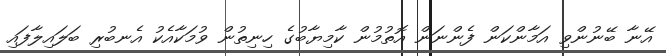
އޭނާ ބޭނުންވި އަމާންކަން ފެންނަން އޮތުމުން ކާމިޔާބުގެ ހިނިތުން ވުމަކާއެކު އެނބުރި ބަލައިލާފައި